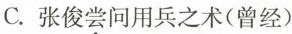
C.张俊尝问用兵之术(曾经)